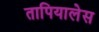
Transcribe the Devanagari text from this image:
तापियालेस